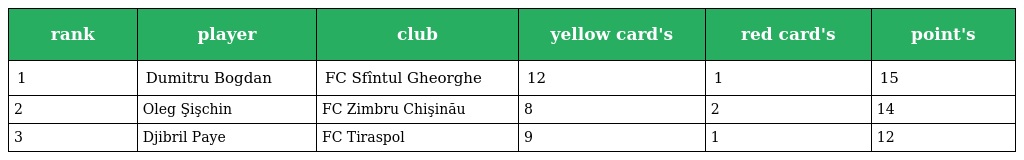
| rank | player | club | yellow card's | red card's | point's |
 | --- | --- | --- | --- | --- | --- |
 | 1 | Dumitru Bogdan | FC Sfîntul Gheorghe | 12 | 1 | 15 |
 | 2 | Oleg Şişchin | FC Zimbru Chişinău | 8 | 2 | 14 |
 | 3 | Djibril Paye | FC Tiraspol | 9 | 1 | 12 |